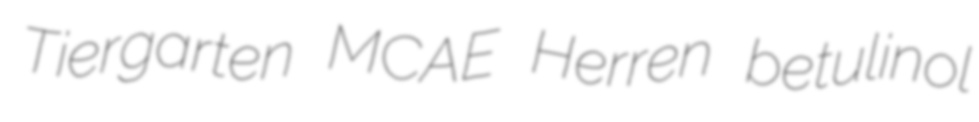
Tiergarten MCAE Herren betulinol